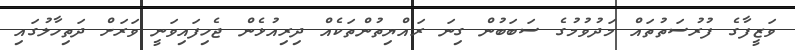
ވަޒީފާގެ ފުރުސަތުތައް މަދުވުމުގެ ސަބަބުން ގިނަ ރައްޔިތުންތަކެއް ދިރިއުޅެން ޖެހިފައިވަނީ ވަރަށް ދަތިހާލުގައި